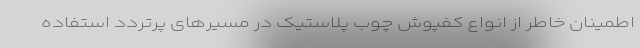
اطمینان خاطر از انواع کفپوش چوب پلاستیک در مسیرهای پرتردد استفاده